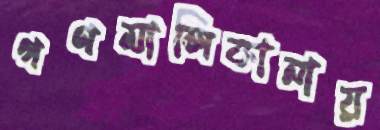
গণমালিকানায়